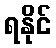
ရနိုင်